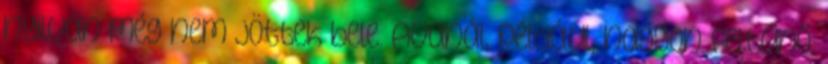
nyilván még nem jöttek bele. Avanál, például, nagyon feltűnő.